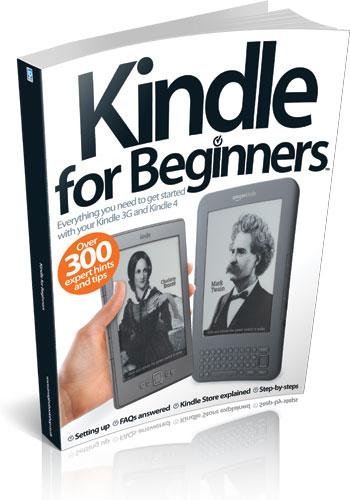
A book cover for Kindle for Beginners; Computers & Technology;